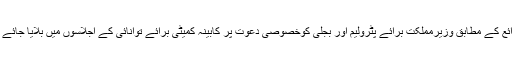
ذرائع کے مطابق وزیرمملکت برائے پٹرولیم اور بجلی کوخصوصی دعوت پر کابینہ کمیٹی برائے توانائی کے اجلاسوں میں بلایا جائے گا۔